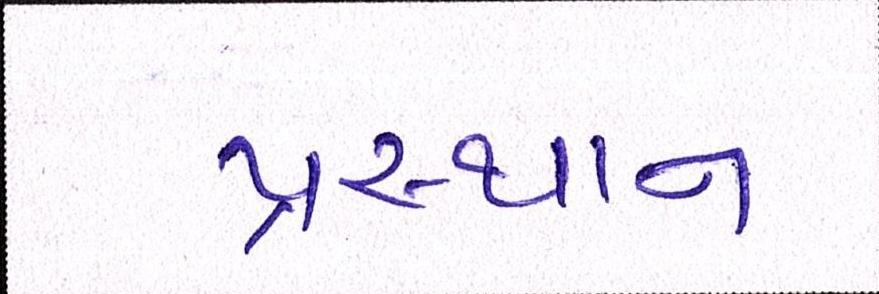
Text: પ્રસ્થાન